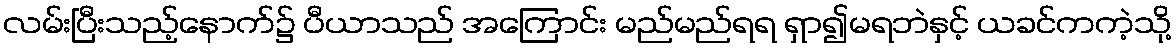
လမ်းပြီးသည့်နောက်၌ ပီယာသည် အကြောင်း မည်မည်ရရ ရှာ၍မရဘဲနှင့် ယခင်ကကဲ့သို့